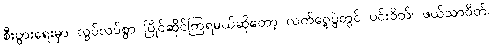
စီးပွားရေးမှာ လွပ်လပ်စွာ ပြိုင်ဆိုင်ကြရမယ်ဆိုတော့ လက်ဝှေ့ပွဲတွင် ပင်းဝိတ်၊ ဖယ်သာဝိတ်၊